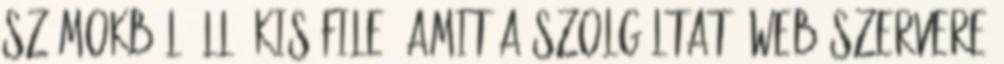
számokból álló kis file, amit a Szolgáltató web szervere